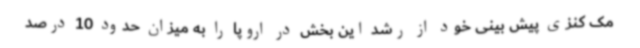
مک کنزی پیش بینی خود از رشد این بخش در اروپا را به میزان حدود 10 درصد